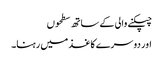
چپکنے والی کے ساتھ سطحوں
اور دوسرے کاغذ میں رہنا۔